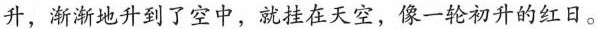
升，渐渐地升到了空中，就挂在天空，像一轮初升的红日。